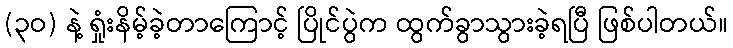
(၃ဝ) နဲ့ ရှုံးနိမ့်ခဲ့တာကြောင့် ပြိုင်ပွဲက ထွက်ခွာသွားခဲ့ရပြီ ဖြစ်ပါတယ်။